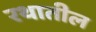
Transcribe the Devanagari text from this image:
रथातील